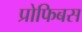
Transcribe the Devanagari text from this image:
प्रोफिबस